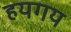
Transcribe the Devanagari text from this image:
हयगय